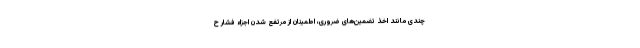
چندی مانند اخذ تضمین‌های ضروری، اطمینان از مرتفع شدن اجزاء فشار ح